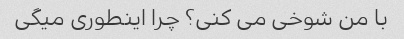
با من شوخی می کنی؟ چرا اینطوری میگی